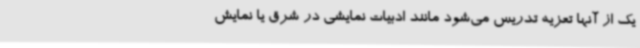
یک از آنها تعزیه تدریس می‌شود مانند ادبیات نمایشی در شرق یا نمایش